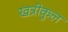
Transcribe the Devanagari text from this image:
खत्रीकुल